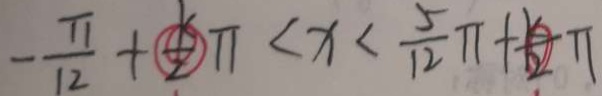
- \frac { \pi } { 1 2 } + \frac { k } { 2 } \pi < x < \frac { 5 } { 1 2 } \pi + \frac { k } { 2 } \pi